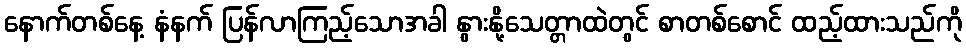
နောက်တစ်နေ့ နံနက် ပြန်လာကြည့်သောအခါ နွားနို့သေတ္တာထဲတွင် စာတစ်စောင် ထည့်ထားသည်ကို